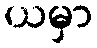
ယမှာ